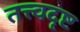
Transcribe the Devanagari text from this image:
तत्त्वदृष्ट